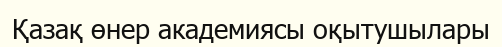
Қазақ өнер академиясы оқытушылары